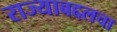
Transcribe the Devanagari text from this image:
राज्याबद्दलचा